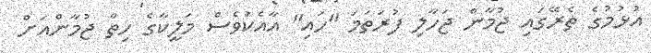
އުޅުމުގެ ތެރޭގައި ޖުމާން ޖަހާލި ފުރަތަމަ "ހައި" އާއެކުވެސް މަލީކާގެ ހިތް ޖުމާންއަށް